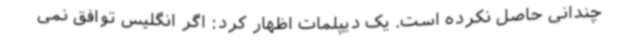
چندانی حاصل نکرده است. یک دیپلمات اظهار کرد: اگر انگلیس توافق نمی